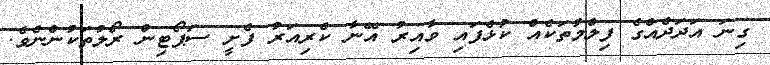
ގިނަ އަދަދެއްގެ ފިލްމުތަކެއް ކުޅެފައި ވާއިރު އޭނާ ކެރިއަރު ފެށީ ސަޕޯޓިން ރޯލުތަކުންނެވެ.